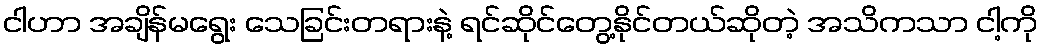
ငါဟာ အချိန်မရွေး သေခြင်းတရားနဲ့ ရင်ဆိုင်တွေ့နိုင်တယ်ဆိုတဲ့ အသိကသာ ငါ့ကို